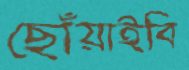
ছোঁয়াইবি